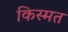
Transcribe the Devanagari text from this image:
किस्‍मत